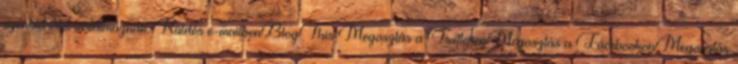
szénhidrátot tartalmaznak. Küldés e-mailbenBlogThis Megosztás a TwitterenMegosztás a FacebookonMegosztás